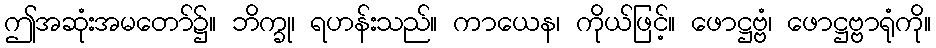
ဤအဆုံးအမတော်၌။ ဘိက္ခု၊ ရဟန်းသည်။ ကာယေန၊ ကိုယ်ဖြင့်။ ဖောဋ္ဌဗ္ဗံ၊ ဖောဋ္ဌဗ္ဗာရုံကို။